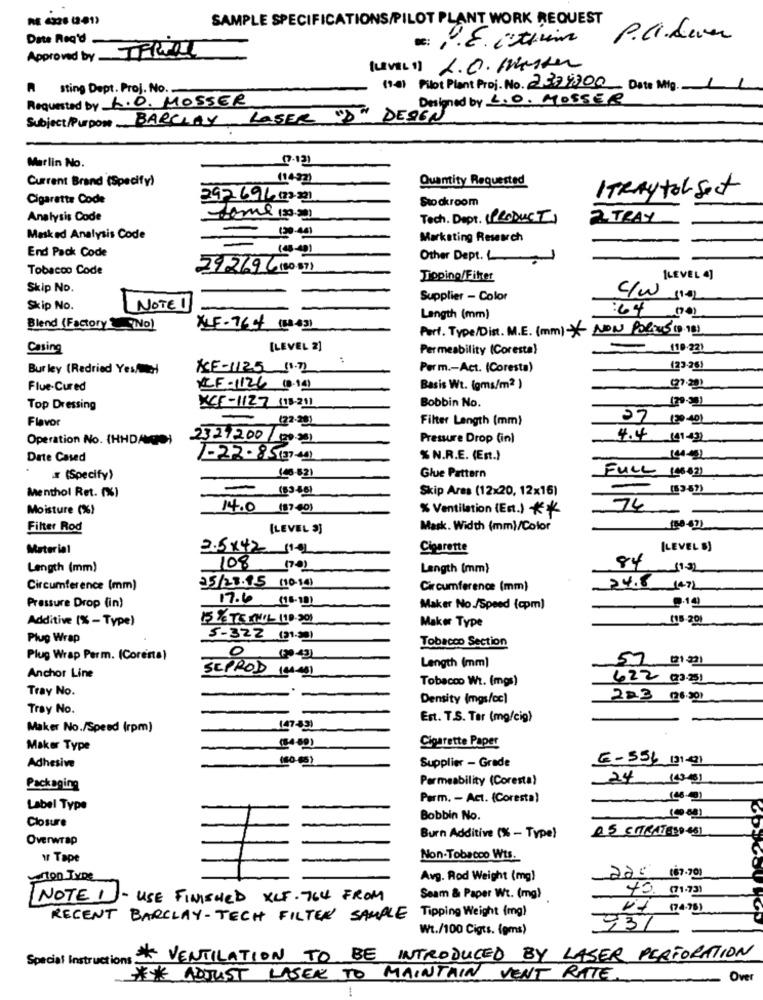
RE 6328 (281)
SAMPLE SPECIFICATIONS/PILOT PLANT WORK REQUEST
Date Req'd
: P.E. isthim
P.a. den
Approved by TPROL
(LEVEL1 L.O. MEste
A sting Dept. Proj. No.
(1-0) Pilot Plant Proj. No. 2379300 Date Mig.
Requested by R.O. MOSSER
Designed by L.O. MOSSER
Subject/Purpose BARCLAY LASER "D" DEgGN
17.131
Marlin No.
Current Brand (Specify)
(1437)
Quantity Requested
ITRAY tol Sect
Cigarette Code
292694(2221
Stockroom
Analysis Code
Jeme 120-201
Tech. Dept. (PRODUCT)
2 TRAY
Masked Analysis Code
Marketing Research
End Pack Code
Other Dept. .
Tobacco Code
29269 (80-87)
Troping/Fitter
[LEVEL 4]
Skip No.
Supplier - Color
c/w (14)
Skip No.
NOTE1
Length (mm)
:64 (701
Blend (Factory No)
XLF-764 (8343)
Port. Type/Dist. M.E. (mm) * NON PORINS (D.18)
Casing
[LEVEL 2]
Permeability (Coresta)
10.221
Bur ley (Redried Yes/tel
KE-11.25 11.72
Perm .- Act. (Coresta)
123-26)
Flue-Cured
XCF-1126 10.14)
Basis Wt. (gms/m2 )
97:301
Bobbin No.
(29-33)
Top Dressing
xCF-1127 (18-21)
Flavor
(22-20)
Filter Length (mm)
27 (20 40)
Operation No. (HHDANDO)
2327/200/0000)
Pressure Drop (in)
4.4 (41-43)
Date Cased
1-22-85(37-44)
% N.R.E. (Est.)
x (Specify)
Glue Pattern
FULL (46:31
(6346)
Skip Ares (12x20, 12x16)
(53-57)
Menthol Ret. (%)
Moisture (%)
14.0 (17.001
% Ventilation (Ent.) *
74
- -
Filter Rod
[LEVEL 3]
Mark. Width (mm)/Color
(58 -47)
Material
2.5×42 1102
Cigarette
[LEVEL S)
Length (mm)
108 17:0)
Length (mm)
84
11.32
Circumference (mm)
05/23.15 (10-19)
Circumference (mm)
24.8 14Th
Pressure Drop (in)
9.19
17.6 (18.10)
Maker No./Speed (cpm)
Additive (% - Type)
15 YETE AHOL 110.301
Maker Type
115 201
Plug Wrap
5-322 (31.32)
Tobacco Section
0
Plug Wrap Perm. (Corenta)
57 (21221
SEPROD 10-41
Length (mm]
Anchor Line
Tobacco Wt. (mgs)
422 (3-251
Tray No.
Density (mgs/cc)
223 (26.30)
Tray No.
Est. T.S. Ter (mg/cig)
Maker No./Speed (rpm)
147-831
Cigarette Paper
Maker Type
150-03)
E-554 131-01
Adhesive
Supplier - Grade
Permeability (Coresta)
24 10031
Packaging
Parm. - Act. (Coresta)
Label Type
Closure
Bobbin No.
25 CITRATADO 051
Overwrap
Burn Additive (% - Type)
y Tape
Non-Tobacco Wts.
Elton Type
Avg. Rod Weight (mg)
22: 167.200
40. (71.73)
NOTE 1-USE FINISHED XCF. 764 FROM
Seam & Paper Wt. (mg)
Vid (74.70)
RECENT BARCLAY-TECH FILTER SAMPLE Tipping Weight (mg)
Wt./100 Cigts. (gms)
931
Special Instructions.
* VENTILATION TO BE INTRODUCED BY LASER PERFORATION
** ADJUST LASER TO MAINTAIN VENT RATE.
Over